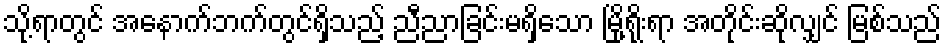
သို့ရာတွင် အနောက်ဘက်တွင်ရှိသည့် ညီညာခြင်းမရှိသော မြို့ရိုးရာ အတိုင်းဆိုလျှင် မြစ်သည်